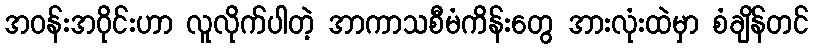
အဝန်းအဝိုင်းဟာ လူလိုက်ပါတဲ့ အာကာသစီမံကိန်းတွေ အားလုံးထဲမှာ စံချိန်တင်